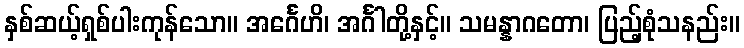
နှစ်ဆယ့်ရှစ်ပါးကုန်သော။ အင်္ဂေဟိ၊ အင်္ဂါတို့နှင့်။ သမန္နာဂတော၊ ပြည့်စုံသနည်း။